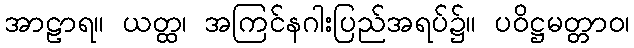
အာဠာရ။ ယတ္ထ၊ အကြင်နဂါးပြည်အရပ်၌။ ပဝိဋ္ဌမတ္တာဝ၊